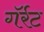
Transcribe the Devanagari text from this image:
गॅर्रट